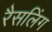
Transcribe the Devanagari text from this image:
रैसलिंग